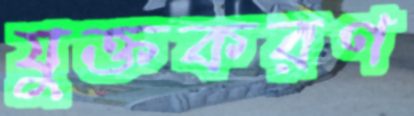
যুক্তকরণ